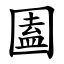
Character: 圔